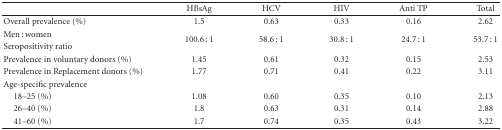
|  | HBsAg | HCV | HIV | Anti TP | Total |
 | --- | --- | --- | --- | --- | --- |
 | Overall prevalence (%) | 1.5 | 0.63 | 0.33 | 0.16 | 2.62 |
 | Men : women | <ROWSPAN=2> 100.6 : 1 | <ROWSPAN=2> 58.6 : 1 | <ROWSPAN=2> 30.8 : 1 | <ROWSPAN=2> 24.7 : 1 | <ROWSPAN=2> 53.7 : 1 |
 | Seropositivity ratio |
 | Prevalence in voluntary donors (%) | 1.45 | 0.61 | 0.32 | 0.15 | 2.53 |
 | Prevalence in Replacement donors (%) | 1.77 | 0.71 | 0.41 | 0.22 | 3.11 |
 | Age-specific prevalence |  |  |  |  |  |
 | 18–25 (%) | 1.08 | 0.60 | 0.35 | 0.10 | 2.13 |
 | 26–40 (%) | 1.8 | 0.63 | 0.31 | 0.14 | 2.88 |
 | 41–60 (%) | 1.7 | 0.74 | 0.35 | 0.43 | 3.22 |